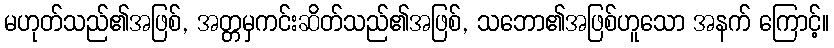
မဟုတ်သည်၏အဖြစ်, အတ္တမှကင်းဆိတ်သည်၏အဖြစ်, သဘော၏အဖြစ်ဟူသော အနက် ကြောင့်။